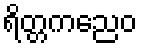
ရိတ္တကညေဝ